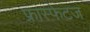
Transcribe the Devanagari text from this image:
फ्रास्फेटज